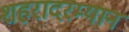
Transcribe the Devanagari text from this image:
शहरादरम्यान